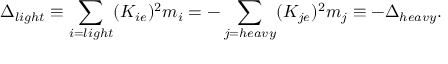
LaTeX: \Delta _ { l i g h t } \equiv \sum _ { i = l i g h t } ( K _ { i e } ) ^ { 2 } m _ { i } = - \sum _ { j = h e a v y } ( K _ { j e } ) ^ { 2 } m _ { j } \equiv - \Delta _ { h e a v y } .